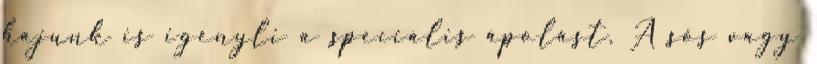
hajunk is igényli a speciális ápolást. A sós vagy